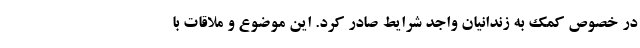
در خصوص کمک به زندانیان واجد شرایط صادر کرد. این موضوع و ملاقات با